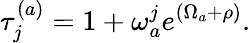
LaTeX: \tau_{j}^{(a)}=1+\omega_{a}^{j}e^{(\Omega_{a}+\rho)}.